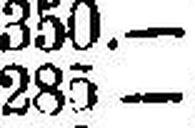
285 —